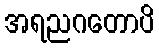
အရညဂတောပိ